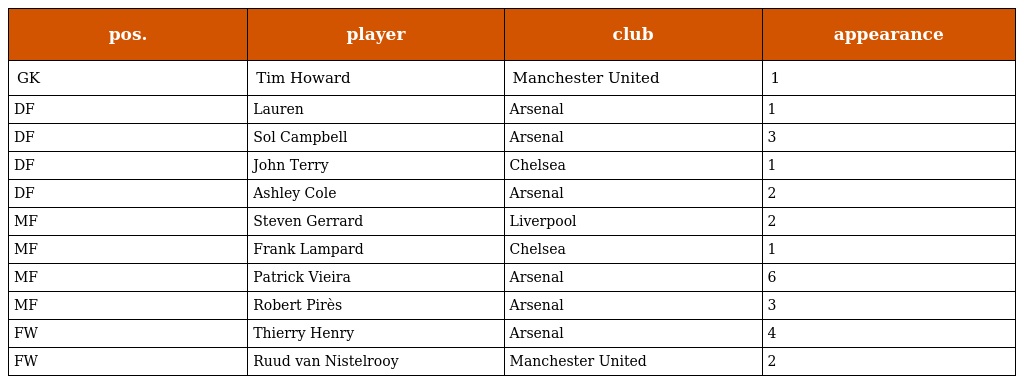
| pos. | player | club | appearance |
 | --- | --- | --- | --- |
 | GK | Tim Howard | Manchester United | 1 |
 | DF | Lauren | Arsenal | 1 |
 | DF | Sol Campbell | Arsenal | 3 |
 | DF | John Terry | Chelsea | 1 |
 | DF | Ashley Cole | Arsenal | 2 |
 | MF | Steven Gerrard | Liverpool | 2 |
 | MF | Frank Lampard | Chelsea | 1 |
 | MF | Patrick Vieira | Arsenal | 6 |
 | MF | Robert Pirès | Arsenal | 3 |
 | FW | Thierry Henry | Arsenal | 4 |
 | FW | Ruud van Nistelrooy | Manchester United | 2 |